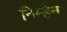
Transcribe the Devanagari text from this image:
निम्हैन